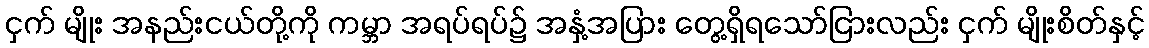
ငှက် မျိုး အနည်းငယ်တို့ကို ကမ္ဘာ အရပ်ရပ်၌ အနှံ့အပြား တွေ့ရှိရသော်ငြားလည်း ငှက် မျိုးစိတ်နှင့်